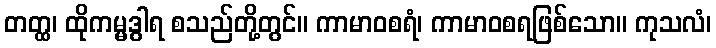
တတ္ထ၊ ထိုကမ္မဒွါရ စသည်တို့တွင်။ ကာမာဝစရံ၊ ကာမာဝစရဖြစ်သော။ ကုသလံ၊